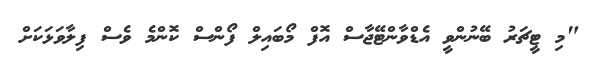
"މި ޓީޗަރު ބޭނުންވީ އެޑްވާންޓޭޖާސް އޮފް މޯބައިލް ފޯންސް ކޮންމެ ވެސް ފިލާވަޅަކަށް